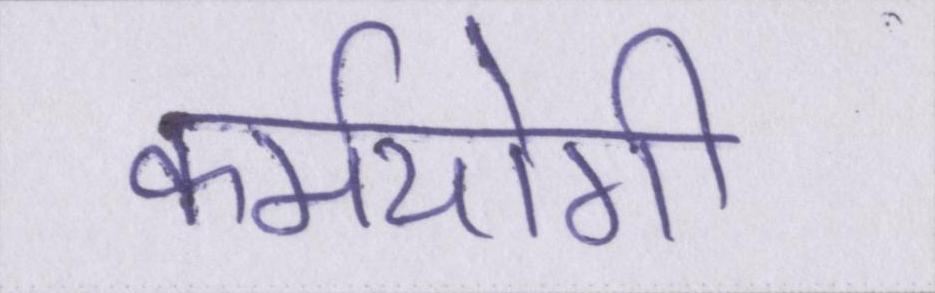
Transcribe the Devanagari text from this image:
कर्मयोगी